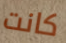
كانت